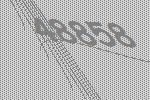
48858